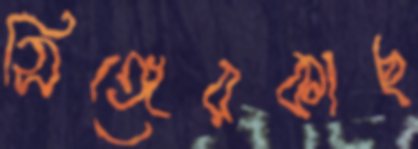
সিঙ্গেরকাছ